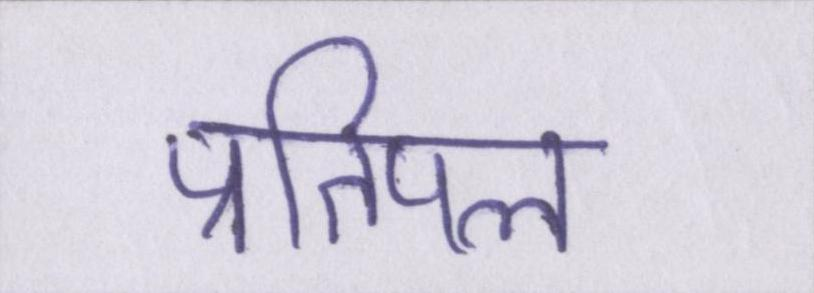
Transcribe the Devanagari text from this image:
प्रतिपल